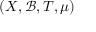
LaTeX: ( X , { \mathcal { B } } , T , \mu )